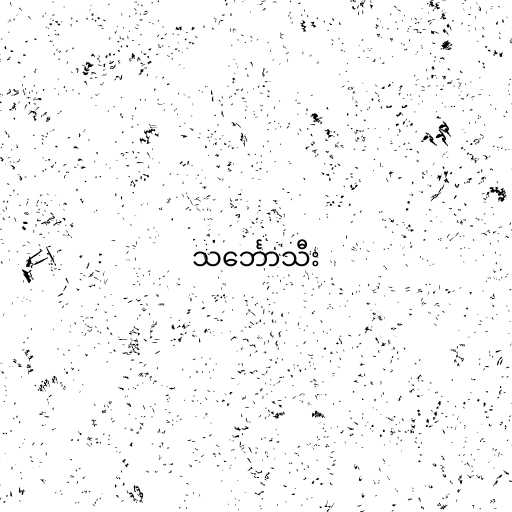
သင်္ဘောသီး